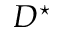
D ^ { \star }